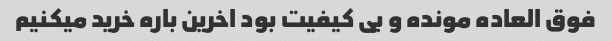
فوق العاده مونده و بی کیفیت بود اخرین باره خرید میکنیم